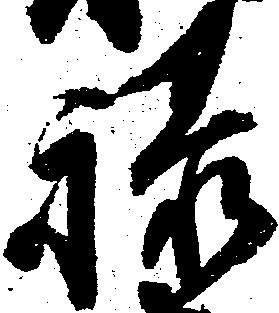
禄